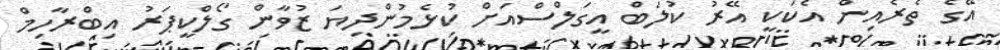
އޭގެ ތެރެއިން އެކަކީ އޭރު ކުލަބް އީގަލްސްއަށް ކުޅެމުންދިޔަ ޒުވާން ގޯލްކީޕަރު އިބްރާހިމް